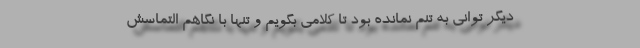
دیگر توانی به تنم نمانده بود تا کلامی بگویم و تنها با نگاهم التماسش